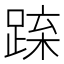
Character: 𨁻